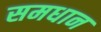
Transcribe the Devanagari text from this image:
समधान